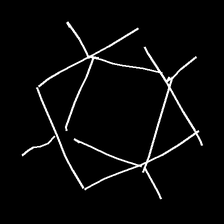
Glyph: light